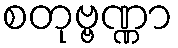
စတုဗ္ဗဏ္ဏာ